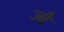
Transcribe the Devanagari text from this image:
ज्‍वै